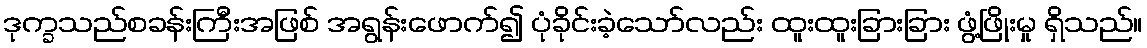
ဒုက္ခသည်စခန်းကြီးအဖြစ် အရွန်းဖောက်၍ ပုံခိုင်းခဲ့သော်လည်း ထူးထူးခြားခြား ဖွံ့ဖြိုးမှု ရှိသည်။